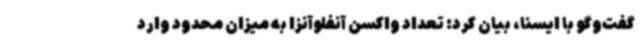
گفت‌وگو با ایسنا، بیان کرد: تعداد واکسن آنفلوآنزا به میزان محدود وارد